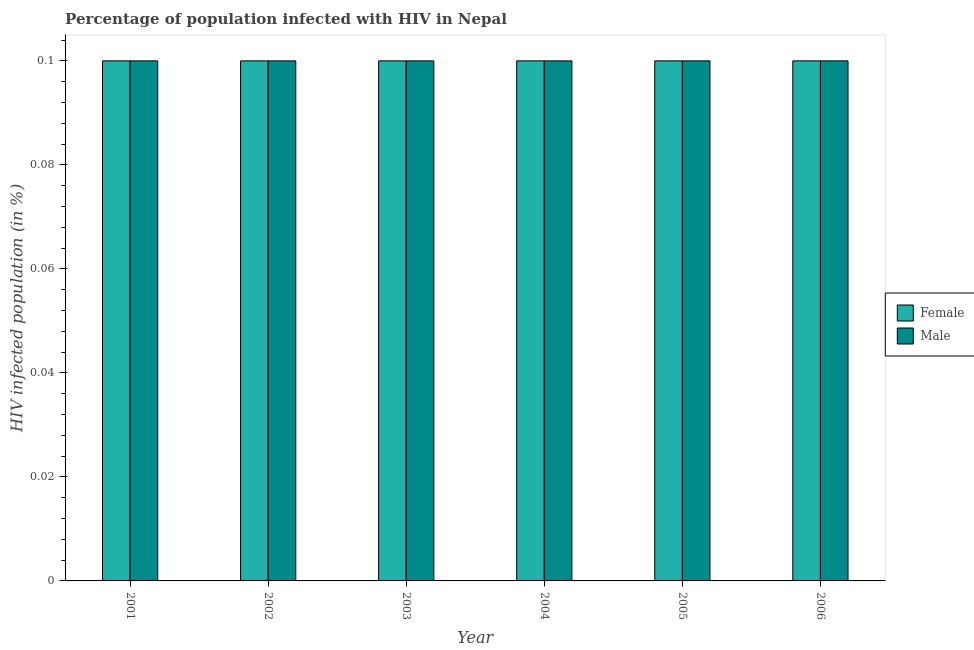
| Year | Female | Male |
 | --- | --- | --- |
 | 2001 | 0.1 | 0.1 |
 | 2002 | 0.1 | 0.1 |
 | 2003 | 0.1 | 0.1 |
 | 2004 | 0.1 | 0.1 |
 | 2005 | 0.1 | 0.1 |
 | 2006 | 0.1 | 0.1 |